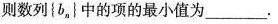
则数列{b_{n}}中的项的最小值为___.